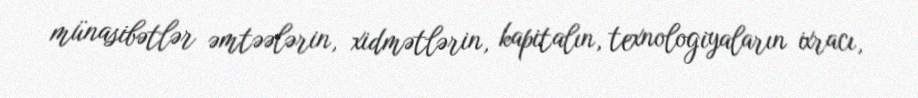
münasibətlər əmtəələrin, xidmətlərin, kapitalın, texnologiyaların ixracı,